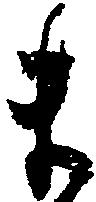
ま